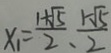
x _ { 1 } = \frac { 1 + \sqrt { 5 } } { 2 } \cdot \frac { 1 - \sqrt { 5 } } { 2 }